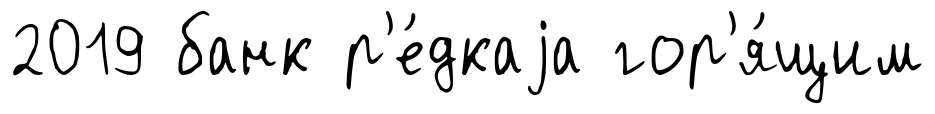
2019 банк р'е́дкаjа гор'я́щим